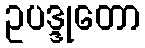
ဥပဒ္ဒုတော